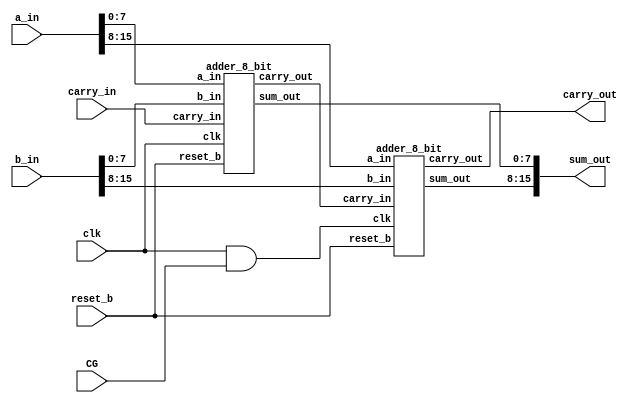
`timescale 1ns / 1ps


module adder_clk_gating (input clk, input reset_b, input [15:0] a_in, input [15:0] b_in, input carry_in, output carry_out, output [15:0] sum_out, input CG);

    wire temp_carry ;
    wire clkb ;
    
    assign clkb = clk & CG ;

	adder_8_bit adder_lsb (
				.clk(clk), 
				.reset_b(reset_b),
				.a_in(a_in[7:0]), 
				.b_in(b_in[7:0]), 
				.carry_in(carry_in), 
				.carry_out(temp_carry),
				.sum_out(sum_out[7:0])
			);
	adder_8_bit adder_msb (
				.clk(clkb), 
				.reset_b(reset_b),
				.a_in(a_in[15:8]), 
				.b_in(b_in[15:8]), 
				.carry_in(temp_carry), 
				.carry_out(carry_out),
				.sum_out(sum_out[15:8])
			);

endmodule

module adder_8_bit (input clk, input reset_b, input [7:0] a_in, input [7:0] b_in, input carry_in, output carry_out, output reg [7:0] sum_out);

	wire [7:0] sum_w   ;
	wire       carry_w ; 

	rca rca_0 (.num1(a_in), .num2(b_in), .c_in(carry_in), .carry(carry_w), .sum(sum_w));

	always @ (posedge clk or negedge reset_b)
	begin
		if(!reset_b) begin
			sum_out <= 0 ;
			//carry_out <= 0 ;
		end
		else begin
			sum_out <= sum_w ;
			//carry_out <= carry_w ;
		end
	end
	
	assign carry_out = carry_w ;

endmodule


//Ripple Cary Adder
module rca (input [7:0] num1, input [7:0] num2, input c_in, output carry, output [7:0] sum);
	wire [7:0] int_sum;
	wire [7:0]int_co;

	fa u_fa_0 (.a(num1[0]),.b(num2[0]),.c(c_in),.co(int_co[0]),.sum(int_sum[0]));
	fa u_fa_1 (.a(num1[1]),.b(num2[1]),.c(int_co[0]),.co(int_co[1]),.sum(int_sum[1]));
	fa u_fa_2 (.a(num1[2]),.b(num2[2]),.c(int_co[1]),.co(int_co[2]),.sum(int_sum[2]));
	fa u_fa_3 (.a(num1[3]),.b(num2[3]),.c(int_co[2]),.co(int_co[3]),.sum(int_sum[3]));
	fa u_fa_4 (.a(num1[4]),.b(num2[4]),.c(int_co[3]),.co(int_co[4]),.sum(int_sum[4]));
	fa u_fa_5 (.a(num1[5]),.b(num2[5]),.c(int_co[4]),.co(int_co[5]),.sum(int_sum[5]));
	fa u_fa_6 (.a(num1[6]),.b(num2[6]),.c(int_co[5]),.co(int_co[6]),.sum(int_sum[6]));
	fa u_fa_7 (.a(num1[7]),.b(num2[7]),.c(int_co[6]),.co(int_co[7]),.sum(int_sum[7]));
	

	assign sum[7:0] = int_sum;
	assign carry = int_co[7];
endmodule

module fa (input a , input b , input c, output co , output sum);
	assign {co,sum}  = a + b + c ;
endmodule